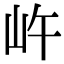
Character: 㞰